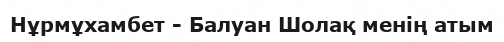
Нұрмұхамбет - Балуан Шолақ менің атым